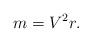
\begin{align*}m=V^2r.\end{align*}